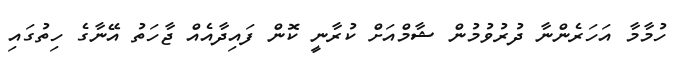
ހުމާމާ އަހަރެންނާ ދުރުވުމުން ޝާމްއަށް ކުރާނީ ކޮން ފައިދާއެއް ޖާހަތު އޭނާގެ ހިތުގައި